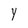
Character: Y